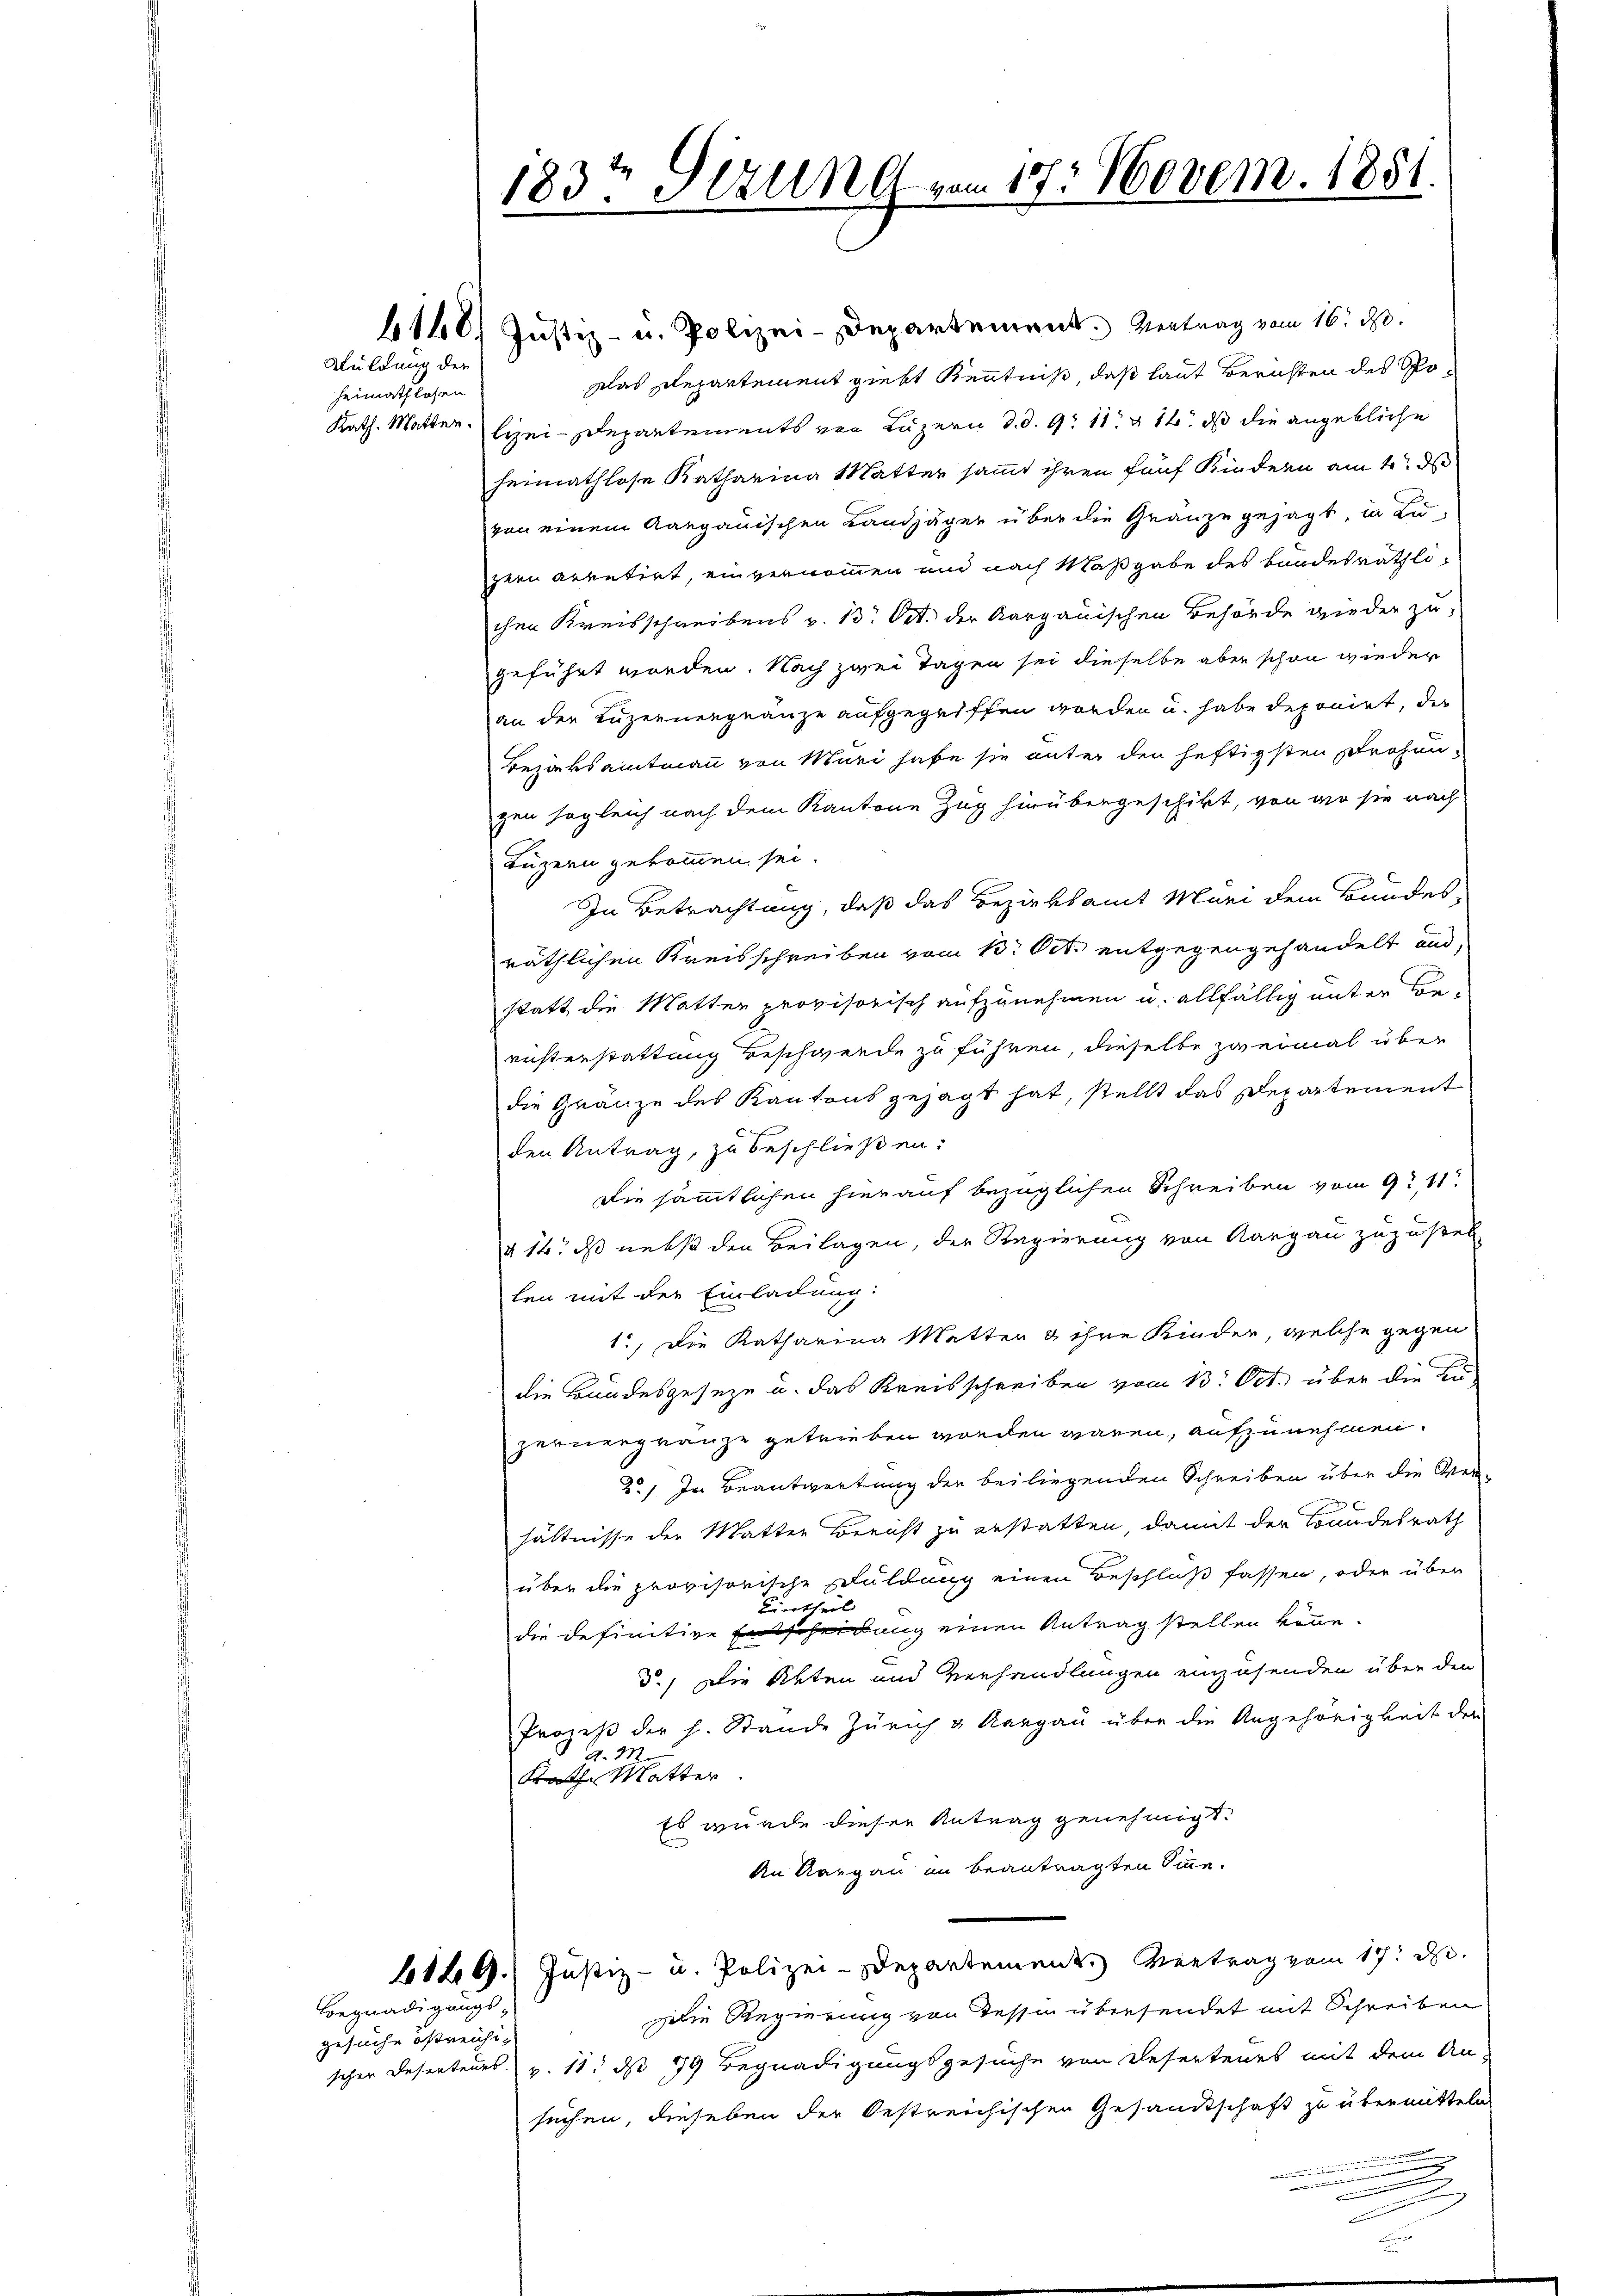
Wuldung der
heimathlosen
Kath. Matten.

6140. Justiz- u. Polizei-Departement. Vertrag vom 16. d.
Das Departement giebt Kenntniß, daß laut Berichten des Spolizei-Departements von Luzern d. d. 9. 11. 14. ds die angebliche
heimathlose Katharina Matter sammt ihren fünf Kindern am 4. ds
von einem Aargauischen Landjäger über die Granze gesagt, in Lu-
zern arretirt, einvernommen und nach Maßgabe des bundesräthli-
chen Kreisschreibens v. 13. Oct. der Aargauischen Behörde wieder zu-
geführt worden. Nach zwei Tagen sei dieselbe aber schon wieder
an der Luzernengränze aufgegriffen worden u. habe deponirt, die
Bezirksamtmann von Muri habe sie unter den heftigsten Drohungen sogleich nach dem Kantone Zug hinübergeschikt, von der sie nach
Luzern gekommen sei.
In Betrachtung, daß das Bezirksamt Muri dem Bundes-
räthlichen Kreisschreiben vom 13. Oct. entgegengehandelt und
statt die Matten provisorisch aufzunehmen u. allfällig unter Berichterstattung Beschwerde zu führen, dieselbe zweimal über
die Gränze des Kantons gesagt hat, stellt das Departement
den Antrag, zu beschließen:
Die sämmtlichen hierauf bezüglichen Schreiben vom 9. 11.
§ 16. ds nebst den Beilagen, der Regierung von Aargau zuzustell
len mit der Einladung:
1., Die Katharina Metter & ihre Kinder, welche gegen
die Bundesgeseze u. das Kreisschreiben vom 13. Oct. über die Ku
zernergränze getrieben worden wären, aufzunehmen.
2., In Beantwortung der beiliegenden Schreiben über die Ver-
hältnisse der Matter Bericht zu erstatten, damit der Bundesrath
über die provisorische Duldung einen Beschluß fassen, oder über
Viertheil
die definitive Entscheinung einen Antrag stellen könne.
d.) Die Akten und Verhandlungen einzusenden über den
Prozeß der h. Stande Zürich & Aargau über die Angehörigkeit der
d. M.
Krath Mutter.
Es wurde dieser Antrag genehmigt.
An Aargau im beantragten Sinne.
4129. Justiz- u. Polizei-Departement. Vertrag vom 17. d.
eie Regierung von dessin übersendet mit Schreiben
schen Deserteurs v. 11. ds 19 Begnadigungsgesuche von Refertenes mit dem An-
suchen, dieseben der Oestreichischen Gesandtschaft zu übermitteln

Begnadigungs-
gesuche östreichi¬

183. Stzung vom 18. Novem. 1851.